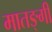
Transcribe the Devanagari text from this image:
मातङ्गी